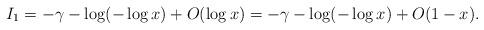
LaTeX: \begin{align*} I_{1}= -\gamma- \log(-\log x)+ O(\log x)= -\gamma- \log(-\log x)+ O(1-x). \end{align*}